Annual statistical returns and brief notes on vaccination in Bengal - 1887-1898
Year: 1887
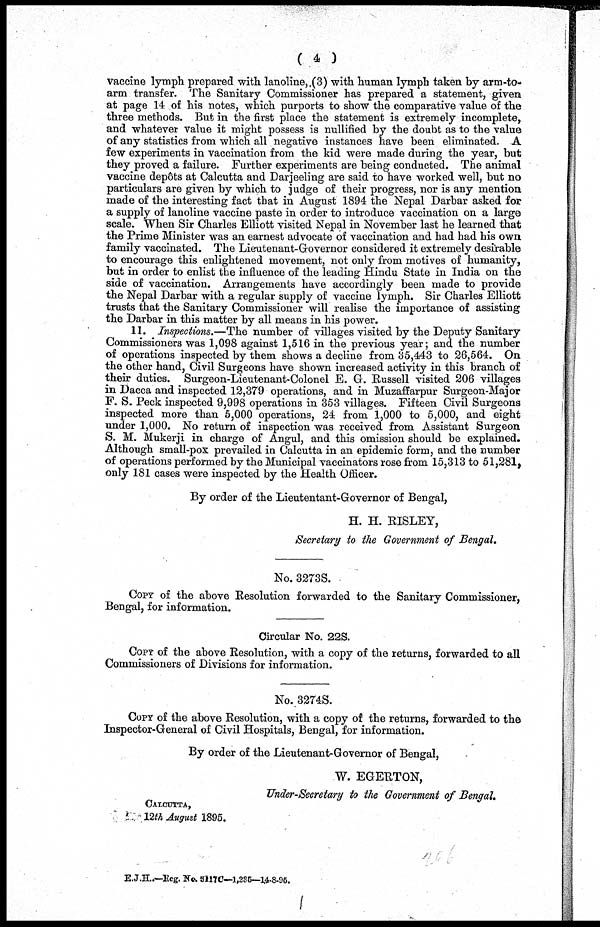
( 4 )
vaccine lymph prepared with lanoline,(3) with human lymph taken by arm-to-
arm transfer. The Sanitary Commissioner has prepared a statement, given
at page 14 of his notes, which purports to show the comparative value of the
three methods. But in the first place the statement is extremely incomplete,
and whatever value it might possess is nullified by the doubt as to the value
of any statistics from which all negative instances have been eliminated. A
few experiments in vaccination from the kid were made during the year, but
they proved a failure. Further experiments are being conducted. The animal
vaccine depôts at Calcutta and Darjeeling are said to have worked well, but no
particulars are given by which to judge of their progress, nor is any mention
made of the interesting fact that in August 1894 the Nepal Darbar asked for
a supply of lanoline vaccine paste in order to introduce vaccination on a large
scale. When Sir Charles Elliott visited Nepal in November last he learned that
the Prime Minister was an earnest advocate of vaccination and had had his own
family vaccinated. The Lieutenant-Governor considered it extremely desirable
to encourage this enlightened movement, not only from motives of humanity,
but in order to enlist the influence of the leading Hindu State in India on the
side of vaccination. Arrangements have accordingly been made to provide
the Nepal Darbar with a regular supply of vaccine lymph. Sir Charles Elliott
trusts that the Sanitary Commissioner will realise the importance of assisting
the Darbar in this matter by all means in his power.
11. Inspections.—The number of villages visited by the Deputy Sanitary
Commissioners was 1,098 against 1,516 in the previous year; and the number
of operations inspected by them shows a decline from 35,443 to 26,564. On
the other hand, Civil Surgeons have shown increased activity in this branch of
their duties. Surgeon-Lieutenant-Colonel E. G. Russell visited 206 villages
in Dacca and inspected 12,379 operations, and in Muzaffarpur Surgeon-Major
F. S. Peck inspected 9,998 operations in 353 villages. Fifteen Civil Surgeons
inspected more than 5,000 operations, 24 from 1,000 to 5,000, and eight
under 1,000. No return of inspection was received from Assistant Surgeon
S. M. Mukerji in charge of Angul, and this omission should be explained.
Although small-pox prevailed in Calcutta in an epidemic form, and the number
of operations performed by the Municipal vaccinators rose from 15,313 to 51,281,
only 181 cases were inspected by the Health Officer.
By order of the Lieutentant-Governor of Bengal,
H. H. RISLEY,
Secretary to the Government of Bengal.
No. 3273S.
COPY of the above Resolution forwarded to the Sanitary Commissioner,
Bengal, for information.
Circular No. 22S.
COPY of the above Resolution, with a copy of the returns, forwarded to all
Commissioners of Divisions for information.
No.3274S.
Copy of the above Resolution, with a copy of the returns, forwarded to the
Inspector-General of Civil Hospitals, Bengal, for information.
By order of the Lieutenant-Governor of Bengal,
W. EGERTON,
Under-Secretary to the Government of Bengal.
CALCUTTA,
12th August 1895.
E.J.H.—Reg. No 5117C—1,235—14-8-95.